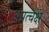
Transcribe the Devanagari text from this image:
अप्रत्चक्ष